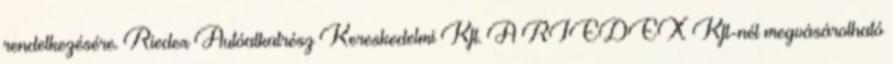
rendelkezésére. Riedex Autóalkatrész Kereskedelmi Kft. A RIEDEX Kft-nél megvásárolható